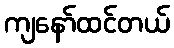
ကျနော်ထင်တယ်